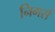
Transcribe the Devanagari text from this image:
निगर्स